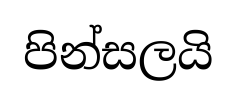
පින්සලයි